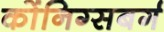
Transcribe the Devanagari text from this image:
कोंनिग्सबर्ग